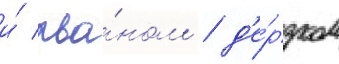
и́ рва́ном / д'е́рзком